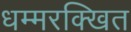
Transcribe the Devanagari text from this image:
धम्मरक्खित